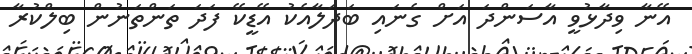
އޭނާ ވިދާޅުވީ އާސަންދަ އަށް ގެނައި ބަދަލާއެކު އޭޑީކޭ ފަދަ ތަންތަނުން ބިލްކުރާ